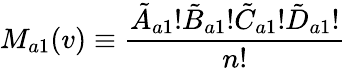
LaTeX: M_{a1}(v)\equiv\frac{\tilde{A}_{a1}!\tilde{B}_{a1}!\tilde{C}_{a1}!\tilde{D}_{a1}!}{n!}